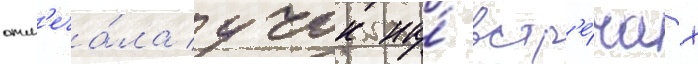
отм'еча́ла учок на́ встр'е́чах